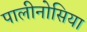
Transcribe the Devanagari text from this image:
पालीनोसिया